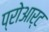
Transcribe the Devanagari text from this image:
प्रोआर्ट